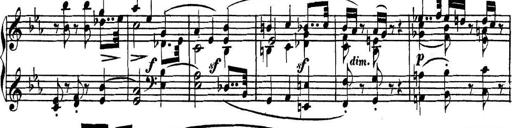
Title: Collected Piano Sonatas
Composer: Muzio Clementi